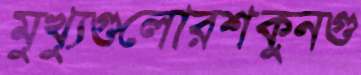
মুখ্যুগুলোরশকুনগু